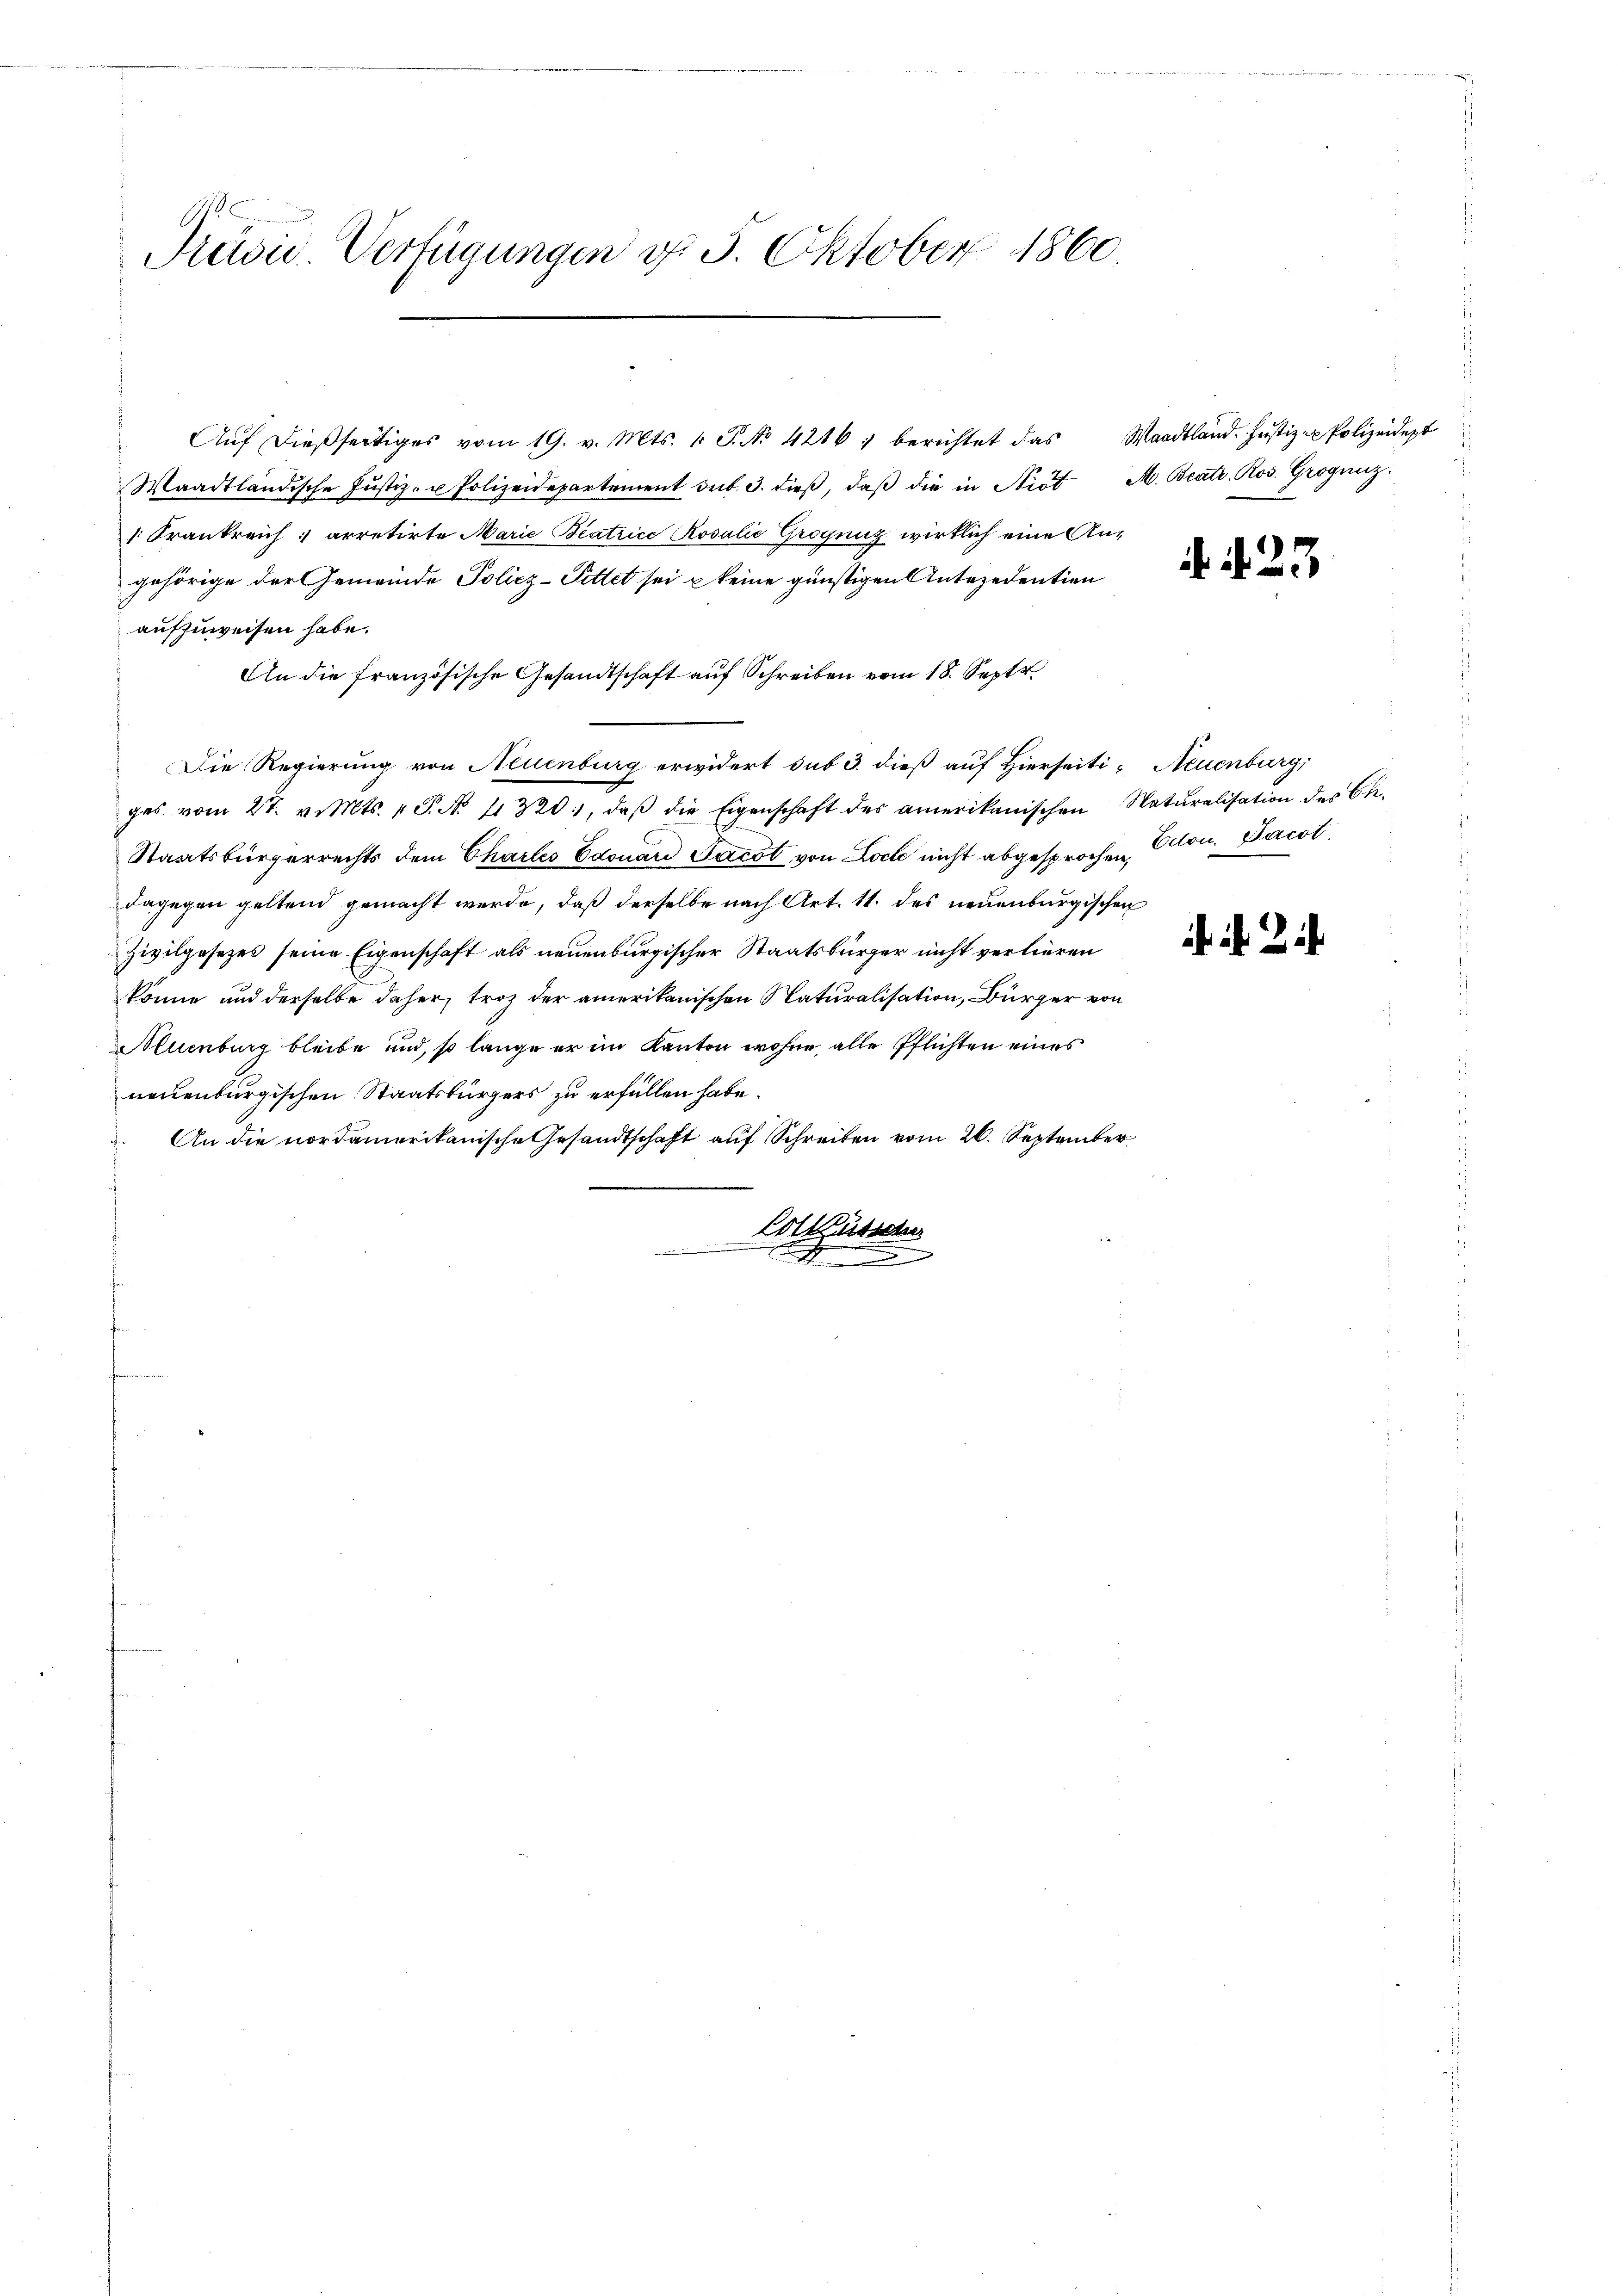
G.
Prasis. Verfügungen d. 3. Oktober 1860

Waadtländische Justiz- u Polizeidepartement sub. 3. dieß, daß die in Nidt M. Beatr. Ros. Grogniz
1. Frankreich; arretirte Marie Beatrice Rosalie Grogniz wirklich eine Angehörige der Gemeinde Policz-Pittet sei u keine günstigen Antezedentien
aufzuweisen habe.
An die französische Gesandtschaft auf Schreiben vom 18. Sept
Die Regierung von Neuenburg erwidert sub 3. dieß auf Hierseiti- Neuenburg,
ges vom 27. v. Mts. v. P. N. 11320:, daβ die Eigenschaft des amerikanischen Naturalisation des Ch.
Staatsbürgerrechts dem Chartes Edouar Jacot von Loch nicht abgesprochen, Odon. Jacot
dagegen geltend gemacht werde, daß derselbe nach Art. 11. des neuenburgischen
Zivilgesezes seine Eigenschaft als neuenburgischer Staatsbürger nicht verlieren
könne und derselbe daher, troz der amerikanischen Naturalisation, Bürger von
Muenburg bleibe und, so lange er im Kanton wohne alle Pflichten eines
neuenburgischen Staatsbürgers zu erfüllen habe.
An die nordamerikanische Gesandtschaft auf Schreiben vom 26. September
Colküsser

Aŭf dießseitiges vom 19. v. Mts. v. P. NNo. 421 berichtet das Waadtland. Justiz - Polizeidest

. N. 23